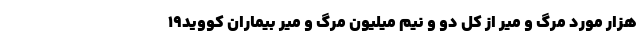
هزار مورد مرگ و میر از کل دو و نیم میلیون مرگ و میر بیماران کووید۱۹